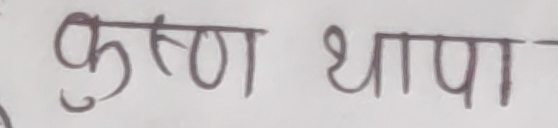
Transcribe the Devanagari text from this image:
कृष्ण थापा